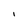
Character: I